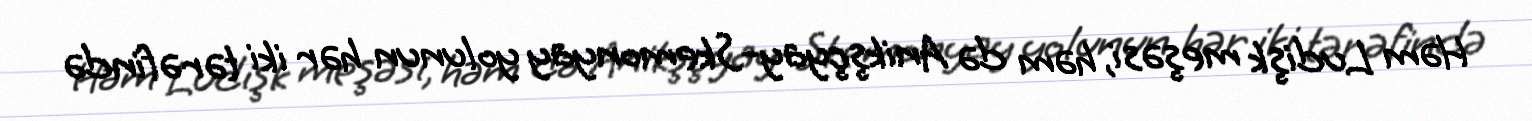
Həm Ludişk meşəsi, həm də Anikşçyay-Skemonyay yolunun hər iki tərəfində